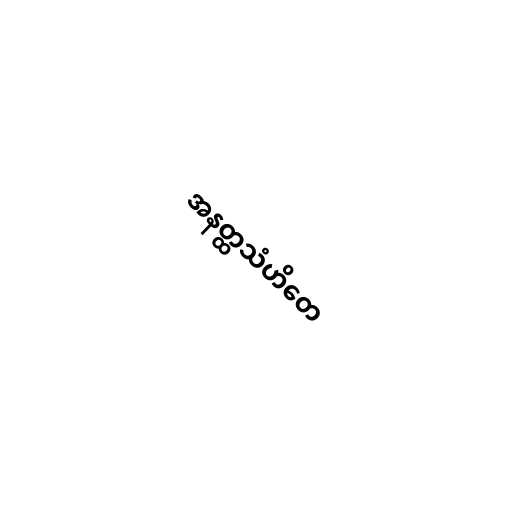
အနတ္ထသံဟိတေ